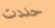
حددت